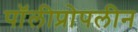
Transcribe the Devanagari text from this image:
पॉलीप्रोपलीन